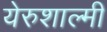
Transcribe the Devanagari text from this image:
येरुशाल्मी